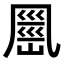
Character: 𭂹